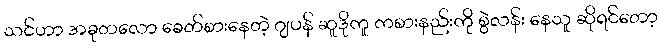
သင်ဟာ အခုတလော ခေတ်စားနေတဲ့ ဂျပန် ဆူဒိုကူ ကစားနည်းကို စွဲလန်း နေသူ ဆိုရင်တော့